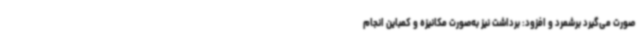
صورت می‌گیرد برشمرد و افزود: برداشت نیز به‌صورت مکانیزه و کمباین انجام